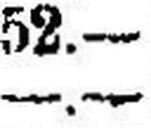
—.—